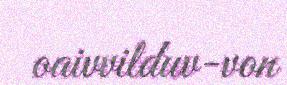
oaivvilduv-von